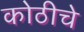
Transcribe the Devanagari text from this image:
कोठीचे